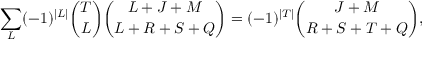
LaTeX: \sum _ { L } ( - 1 ) ^ { \vert L \vert } { \binom { T } { L } } { \binom { L + J + M } { L + R + S + Q } } = ( - 1 ) ^ { \vert T \vert } { \binom { J + M } { R + S + T + Q } } ,